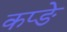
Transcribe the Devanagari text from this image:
कप्ङे